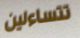
تتساءلين